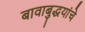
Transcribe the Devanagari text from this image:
बावाबुद्धयांचे